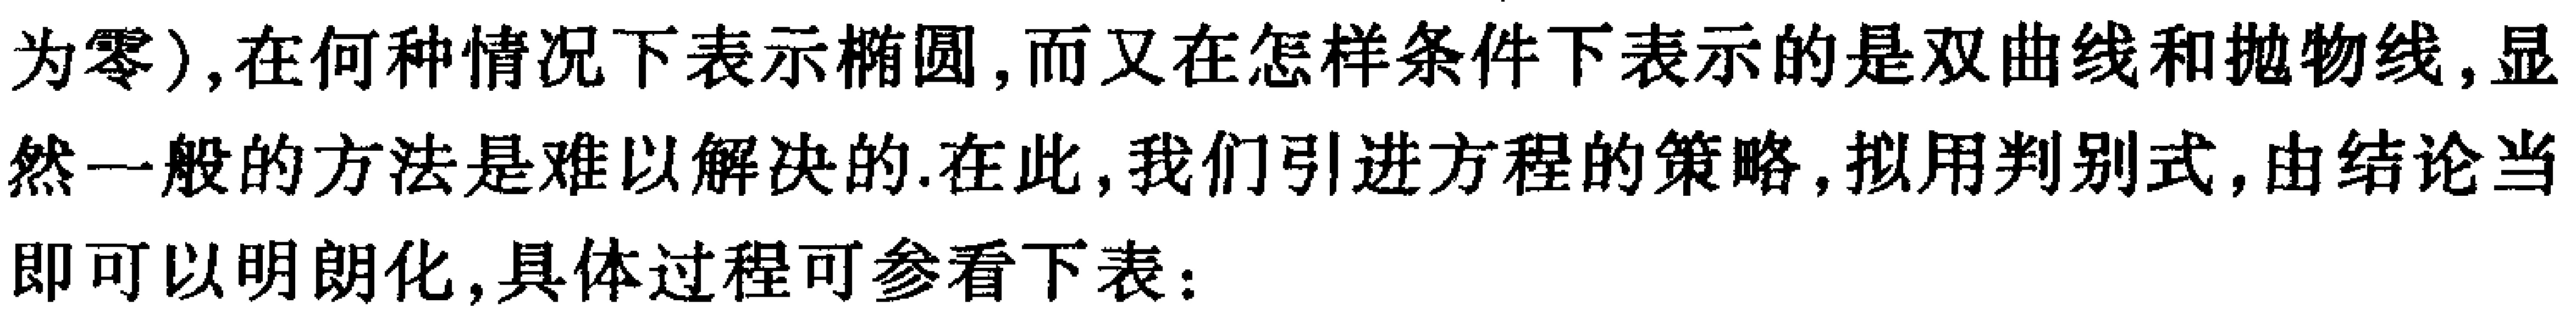
为零), 在何种情况下表示椭圆, 而又在怎样条件下表示的是双曲线和抛物线, 显然一般的方法是难以解决的. 在此, 我们引进方程的策略, 拟用判别式, 由结论当即可以明朗化, 具体过程可参看下表：